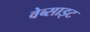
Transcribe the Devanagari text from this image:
वेब्साइट